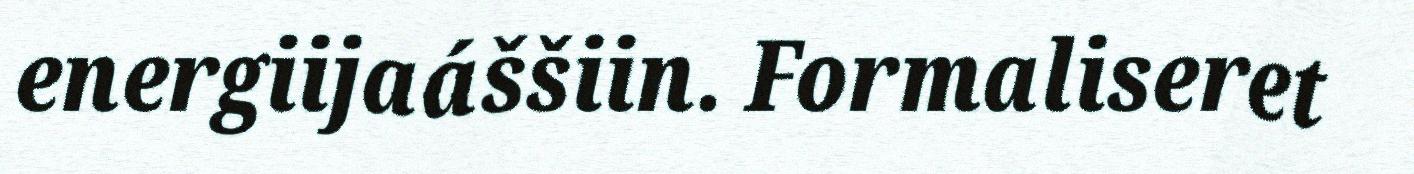
energiijaáššiin. Formaliseret